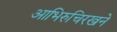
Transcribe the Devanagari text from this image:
आभिरुचिरखने